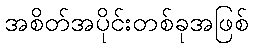
အစိတ်အပိုင်းတစ်ခုအဖြစ်